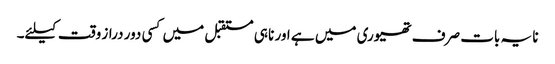
نا یہ بات صرف تھیوری میں ہے اور نا ہی مستقبل میں کسی دور دراز وقت کیلئے۔